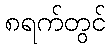
၈ရက်တွင်